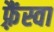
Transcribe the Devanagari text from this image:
फ़्रैंस्वा